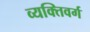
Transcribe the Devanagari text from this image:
व्यक्तिवर्ग